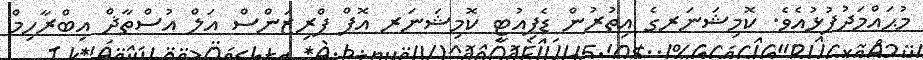
މުޙައްމަދުފުޅުއެވެ. ކޮމިޝަނަރގެ އިތުރުން ޑެޕިއުޓީ ކޮމިޝަނަރ އޮފް ޕްރިޒަންސް އަލް އުސްތާޛް އިބްރާހިމް